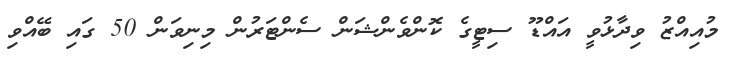
މުއިއްޒު ވިދާޅުވީ އައްޑޫ ސިޓީގެ ކޮންވެންޝަން ސެންޓަރުން މިނިވަން 50 ގައި ބޭއްވި